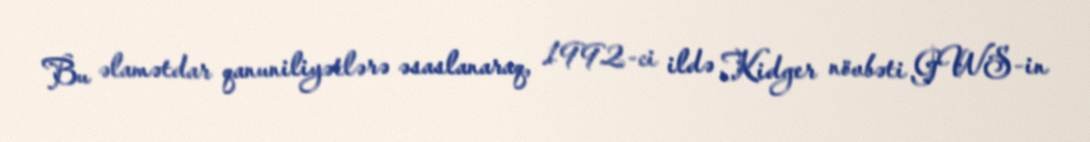
Bu əlamətdar qanuniliyətlərə əsaslanaraq, 1992-ci ildə Kidger növbəti GWS-in